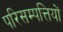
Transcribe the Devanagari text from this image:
परिसम्‍पत्तियों